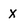
Character: X